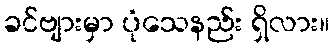
ခင်ဗျားမှာ ပုံသေနည်း ရှိလား။